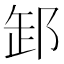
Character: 䣃